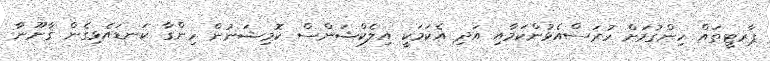
ޕާރޓީތައް ހިންގުމަށް ހުރަސްއެޅުންކަމާއި އަދި އެކަމަކީ އިލެކްޝަންސް ކޮމިޝަނުން ހިންގާ ކަނޑައެޅިގެން ޤާނޫނާ